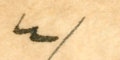
٤